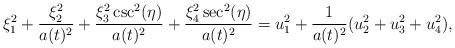
LaTeX: \begin{align*}\xi _1^2+\frac{\xi _2^2}{a(t)^2}+ \frac{\xi _3^2 \csc ^2(\eta )}{a(t)^2}+\frac{\xi _4^2 \sec ^2(\eta )}{a(t)^2}= u_1^2 + \frac{1}{a(t)^2}( u_2^2 + u_3^2+u_4^2 ), \end{align*}